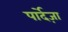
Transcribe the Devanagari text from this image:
पार्देज़ा